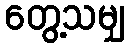
တွေ့သမျှ